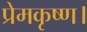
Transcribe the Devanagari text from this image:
प्रेमकृष्ण।